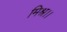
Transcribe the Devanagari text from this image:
मिश्र।।